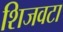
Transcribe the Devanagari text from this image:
शिजवटा